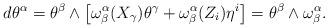
LaTeX: \begin{align*}d\theta^{\alpha}= \theta^{\beta} \wedge \big{[} \omega_{\beta}^{\alpha}(X_{\gamma})\theta^{\gamma} + \omega_{\beta}^{\alpha} (Z_i) \eta^i \big{]}=\theta^{\beta} \wedge \omega_{\beta}^{\alpha}. \end{align*}